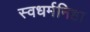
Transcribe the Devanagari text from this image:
स्वधर्मनिष्ठा